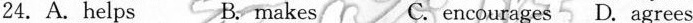
24.A. helps B. makes C. encourages D. agrees